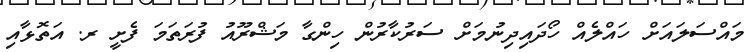
މައްސަލައަށް ހައްލެއް ހޯދައިދިނުމަށް ސަރުކާރުން ހިންގާ މަޝްރޫއު ފުރަތަމަ ފެށީ ރ. އަތޮޅާއި